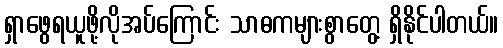
ရှာဖွေရယူဖို့လိုအပ်ကြောင်း သာဓကများစွာတွေ့ ရှိနိုင်ပါတယ်။